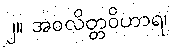
၂။ အဝလိတ္တဝိဟာရ၊